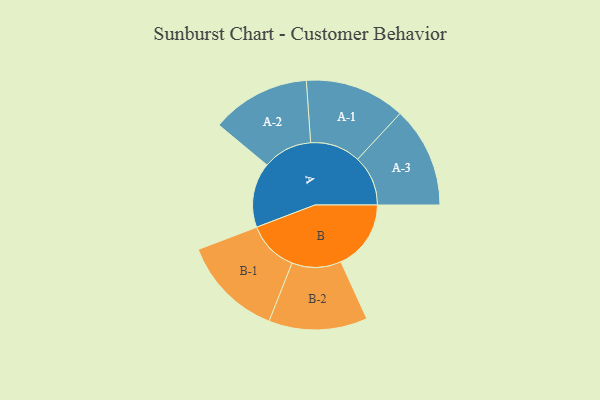
{"axis": {"x": "Segment", "y": "Value"}, "legend": ["", "A", "B"], "data": [{"x": "A", "y": 359, "type": ""}, {"x": "B", "y": 388, "type": ""}, {"x": "A-1", "y": 278, "type": "A"}, {"x": "A-2", "y": 274, "type": "A"}, {"x": "A-3", "y": 279, "type": "A"}, {"x": "B-1", "y": 282, "type": "B"}, {"x": "B-2", "y": 273, "type": "B"}]}